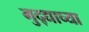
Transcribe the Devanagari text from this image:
मुद्द्याच्‍या